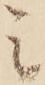
ミ